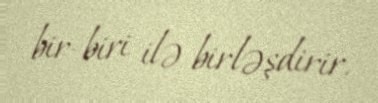
bir-biri ilə birləşdirir.